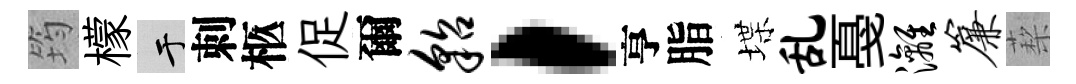
筠檬于刺柩促爾貂，亨脂堞乱戞漓帘蔾